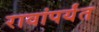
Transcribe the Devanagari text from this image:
रावांपर्यंत